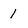
Character: 1